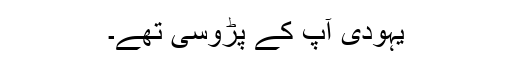
یہودى آپ کے پڑوسى تهے۔